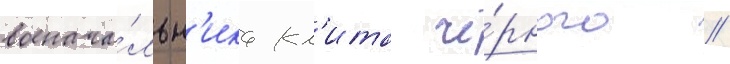
военача́льн'ика кл'ита чё́рного //